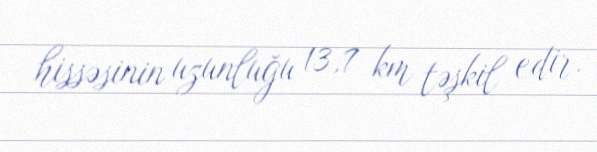
hissəsinin uzunluğu 13,7 km təşkil edir.